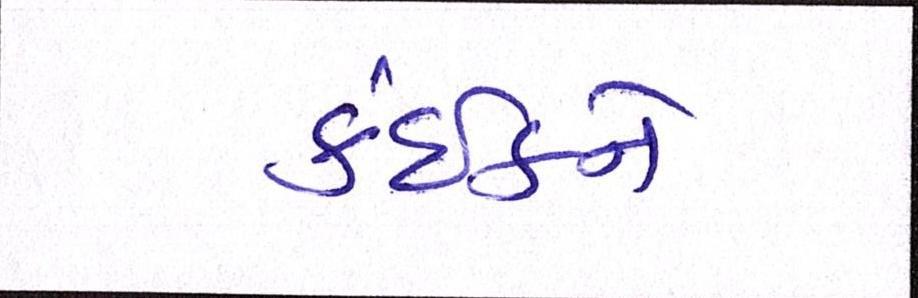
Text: કંઈકને